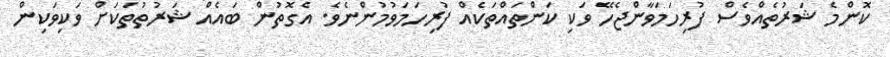
ކޮންމެ ޝަރުތެއްވެސް ފުރިހަމަވާންޖެހޭ ވަކި ކަންތައްތަކެއް ފުރިހަމަވުމުންނެވެ. އެގޮތުން ބައެއް ޝަރުތުތަކަށް ވަކިވަކިން